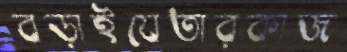
বড়াইযেতারকাজ